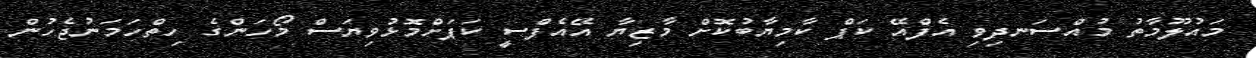
މައުލޫމާތު މުއްސަނދިވި އެފްއޭ ކަޕް ކާމިޔާބުކޮށް މާޒިޔާ އޭއެފްސީ ކަޕަށްމޮޅުވިޔަސް މޯހަންގެ ހިތްހަމަނުޖެހުން